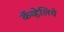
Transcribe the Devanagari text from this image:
कॅव्हेलिये